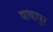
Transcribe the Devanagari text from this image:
याबापुर